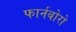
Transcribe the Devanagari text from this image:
फार्नबोरो